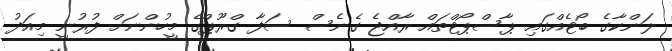
ލަންކާގެ ބޯޓެއްގައި ޕާސްޕޯޓްތައް ރާއްޖެ ގެނެސް ސަފާ ގްރޫޕްގެ މީހުންނަށް ފުރުނީ މިއަދު